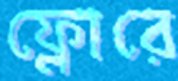
ফ্লোরে